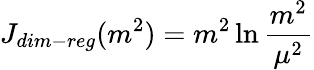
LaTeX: J_{dim-reg}(m^{2})=m^{2}\ln{\frac{m^{2}}{\mu^{2}}}